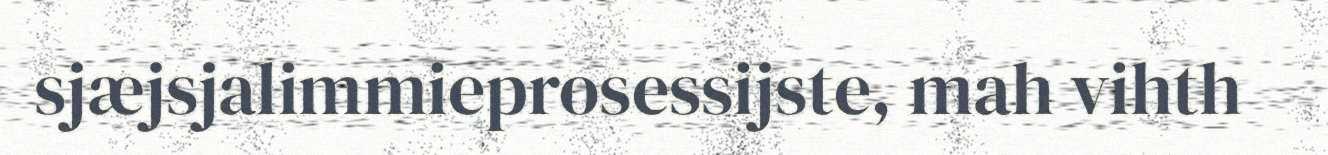
sjæjsjalimmieprosessijste, mah vihth